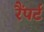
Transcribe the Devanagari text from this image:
रैंपर्ट